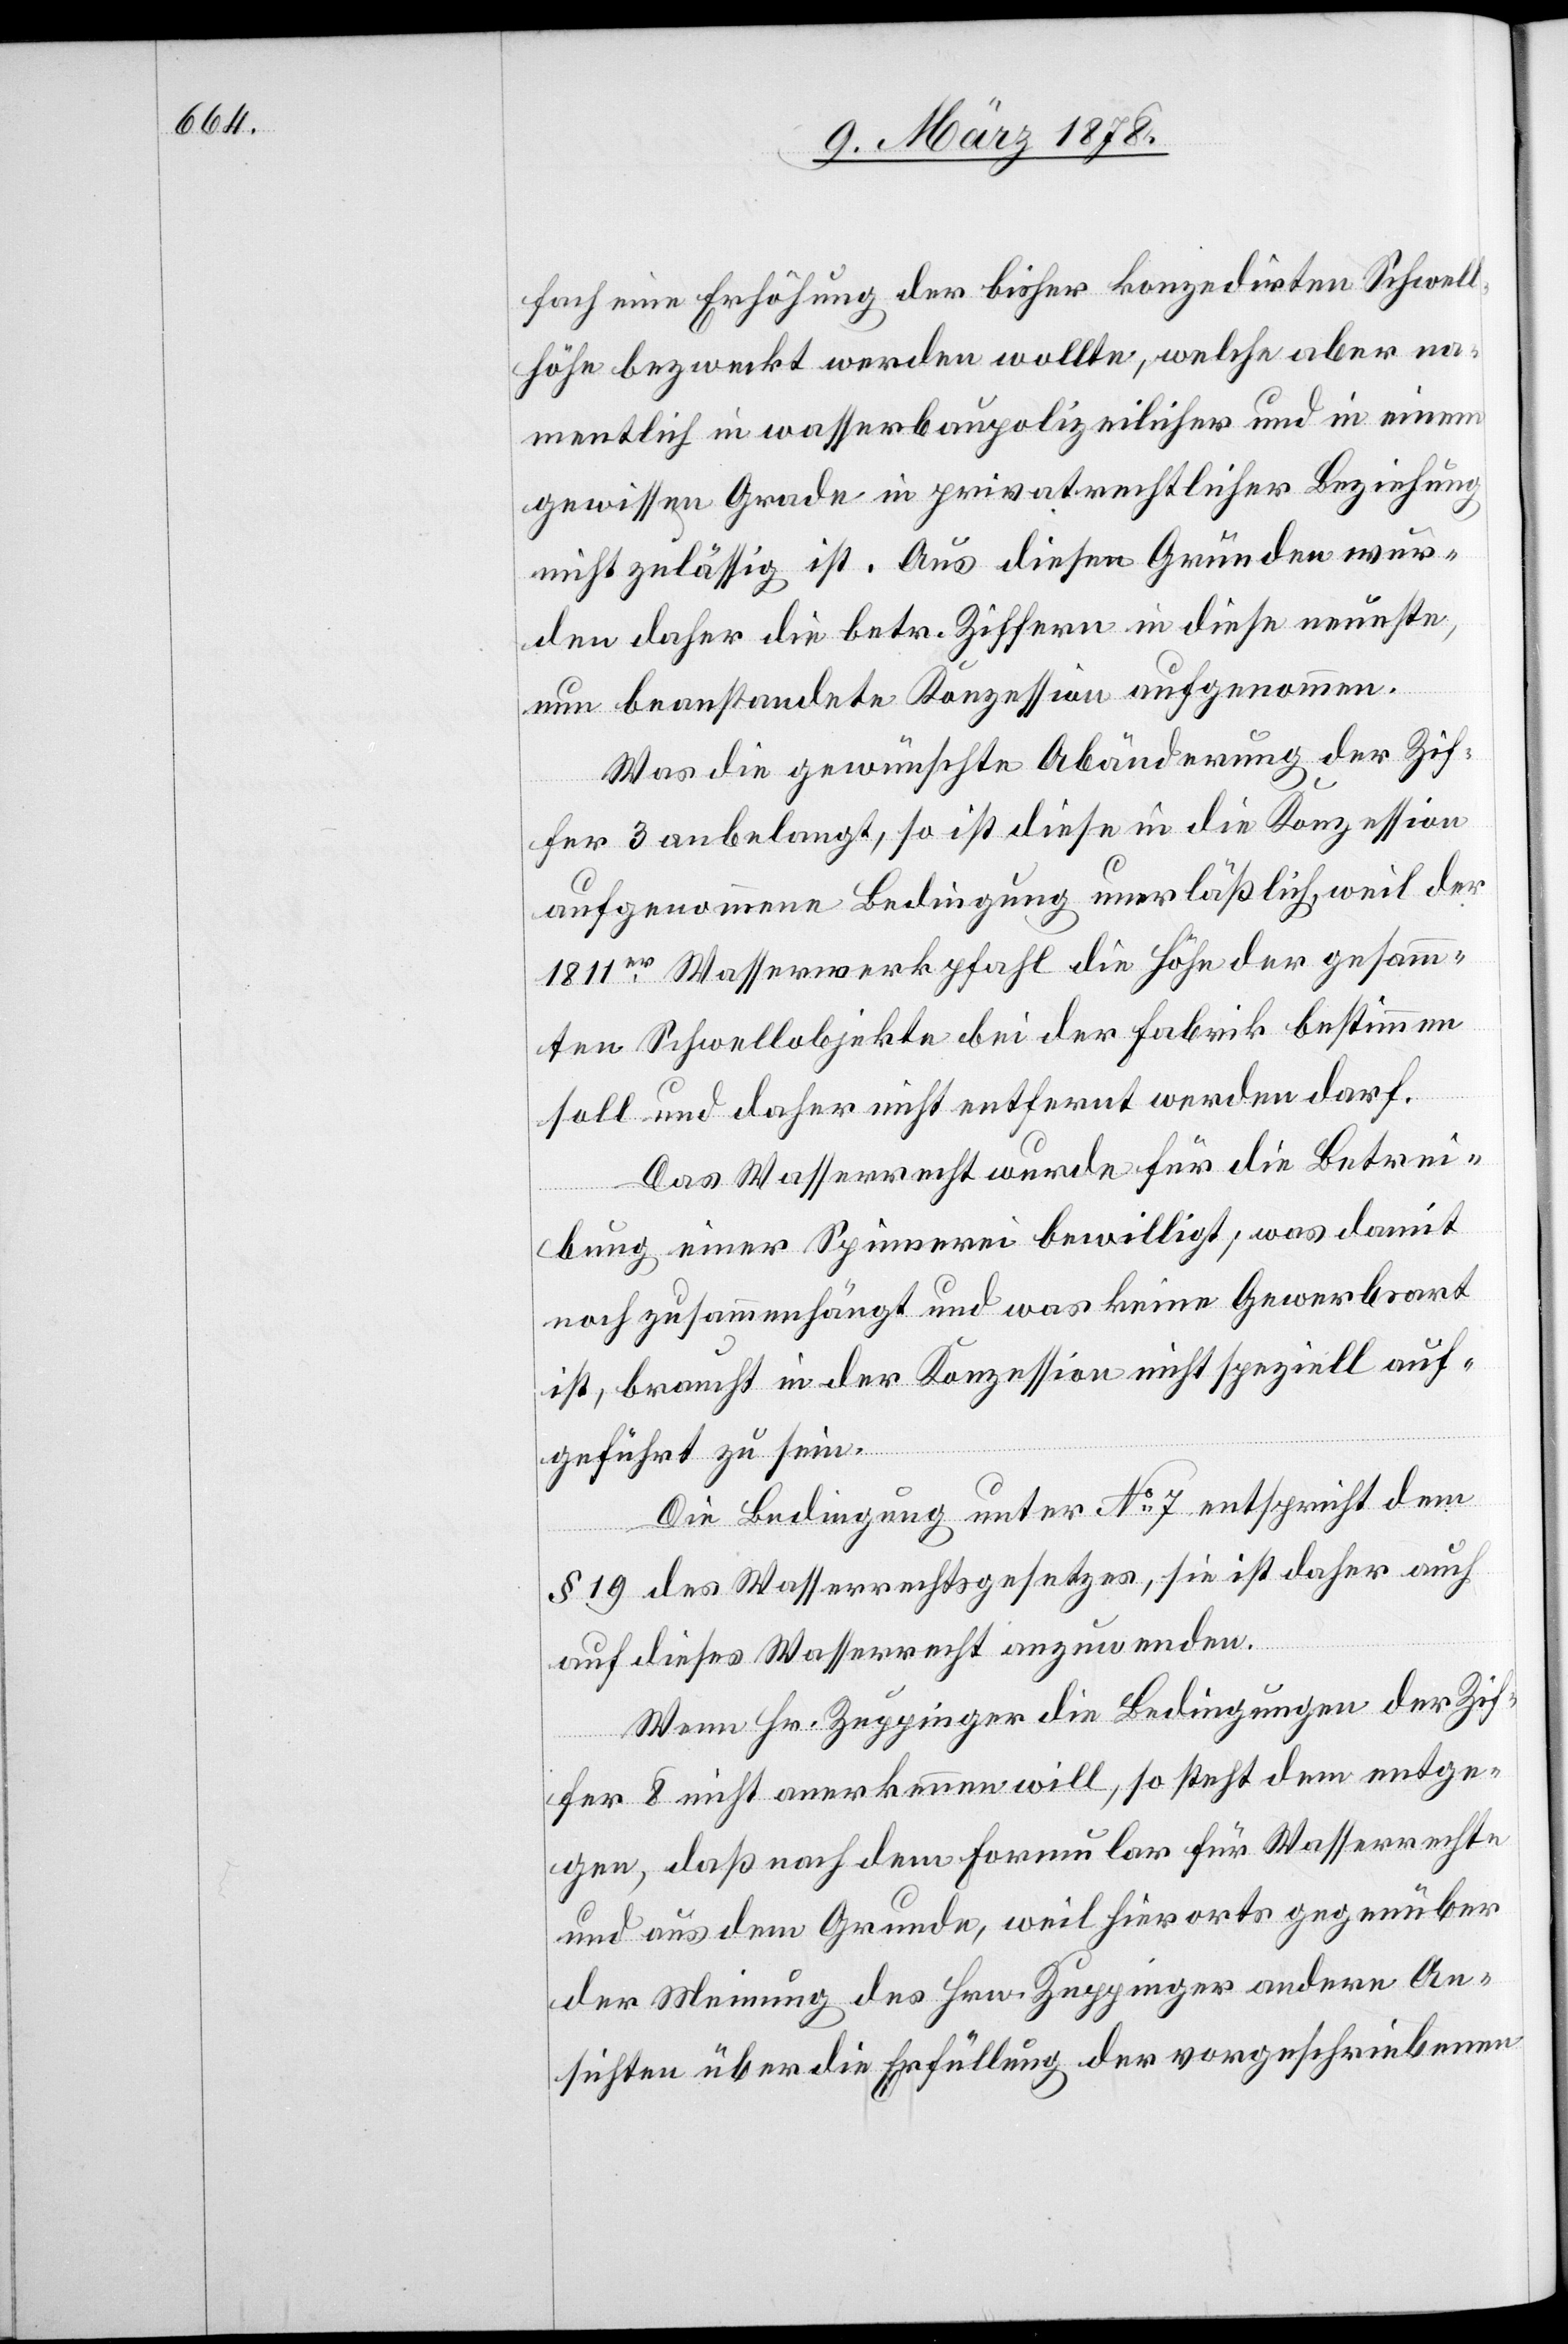
fach eine Erhöhung der bisher konzedirten Schwell¬
höhe bezweckt werden wollte, welche aber na¬
mentlich in wasserbaupolizeilicher und in einem
gewissen Grade in privatrechtlicher Beziehung
nicht zulässig ist. Aus diesen Gründen wur¬
den daher die betr. Ziffern in diese neueste,
nun beanstandete Konzession aufgenommen.
Was die gewünschte Abänderung der Zif¬
fer 3 anbelangt, so ist diese in die Konzession
aufgenommene Bedingung unerlässlich, weil der
1811er Wasserwerkpfahl die Höhe der gesamm¬
ten Schwellobjekte bei der Fabrik bestimmen
soll und daher nicht entfernt werden darf.
Das Wasserrecht wurde für die Betrei¬
bung einer Spinnerei bewilligt, was damit
noch zusammenhängt und was keine Gewerbsart
ist, braucht in der Konzession nicht speziell auf¬
geführt zu sein.
Die Bedingung unter No 7 entspricht dem
§ 19 des Wasserrechtsgesetzes, sie ist daher auch
auf dieses Wasserrecht anzuwenden.
Wenn Hr. Zuppinger die Bedingungen der Zif¬
fer 8 nicht anerkennen will, so steht dem entge¬
gen, daß nach dem Formular für Wasserrechte
und aus dem Grunde, weil hierorts gegenüber
der Meinung des Hrn. Zuppinger andere An¬
sichten über die Erfüllung der vorgeschriebenen